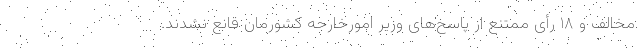
مخالف و ۱۸ رأی ممتنع از پاسخ‌های وزیر امورخارجه کشورمان قانع نشدند.